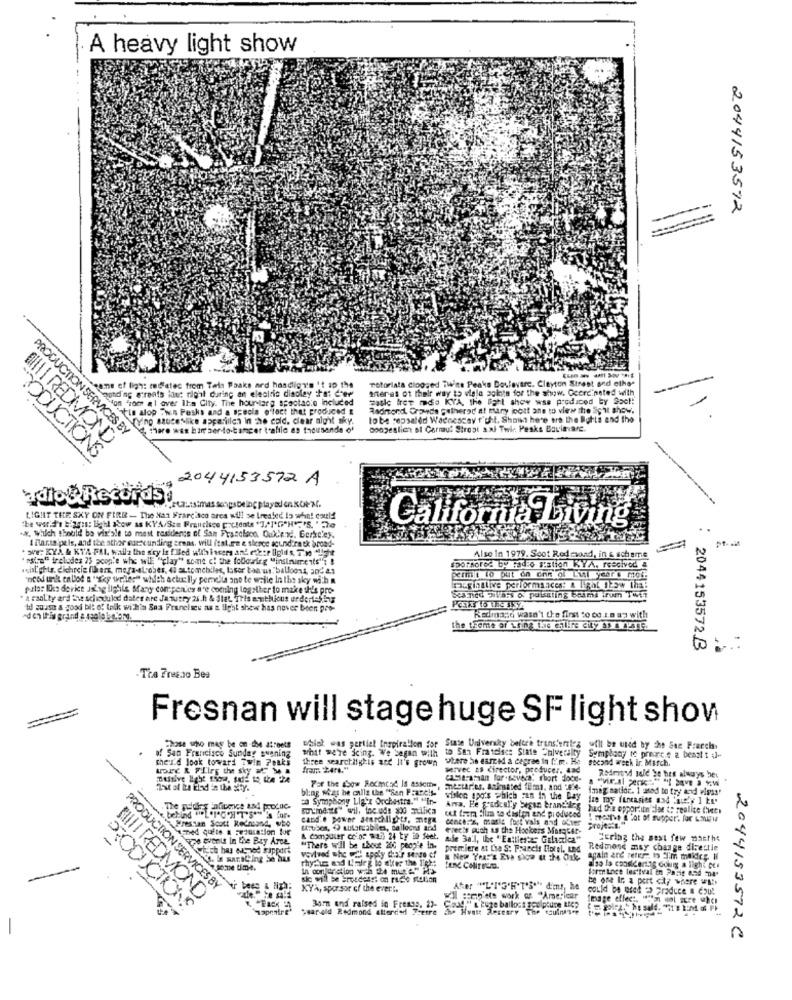
A heavy light show
---
2044153512
Totoriata clogged Twin Peaks Dovfoyere. Clayton Street and other
some of ligh: mdetec from Tels Paaks ard hasdigvs 't ip the
nond'ag wtreats lout right during an electric display te: crer
Seres of their way to vigla poi's for the show. Coordinated with
Fioen al aver Illa City. The hour larg spectacle included
Hasle Iret modo KYA, the Fall show was produced by Soc !!
ein alop :win Pesks and a specia o'fact that produced &
Asdrond, Crowds gathered at mary joost ane to view the Eight show.
TYing sauceslike apparillen In the cold. clear algit sky.
lobe sepsaled Wadnescav fight. Shows here are the Butts and the
PRODUCTION SERVICES BY
d. there was bar sem do tarecer trafilo as thousands of
Dongeslich ot Cornut Stroat a.af Twir. Pesks Bguitarc.
DI|| REDMOND
PRODUCTIONS
2044153572 A
Idiot Records!
LIGHT THE SKY ON FIRE - The Han Francisco area will se treated is whe! could
California Living
.. Which theold bo vis'ale to mast residents of San Francisco. Ouk'end. Berke'ey.
& Barts pels, and the ather suexunding areas, will itat,te e sience agund.rath broad-
. wve: KYA & KYA-FAI, walla the sty is filled with lasers ant edesr ligids, Tw light
"ssica" includes 75 scop'e whe wil "play" some ci the following "insinueits"; I
Also In 1979. Soot Rodasand, in & scheme
shalights. dichrcie filers, mega-aLobes, 4 autoochiles, losor ban us balloons, andas
sporsored by radio station KVA. reacivod &
"need unk en blod a "sky telles" which actully pernoite ano te while In the sky with a
patas like device isLag ilghis Many compenes are coming together to make this pro-
megintlive performances: a liRat JEow the!
a caal ty ard the schioduked dates are Ja query 26.h & Slet. This e-meliious undertaking
td zuuso a good bit of talk within Saa Franciscu as a light shew has never been pro-
Reimann wasn't the first to co to up with
: 2044153572 B
- The Fresco Bes
Fresnan will stage huge SF light show
of San Francisco Sunday swening
Those who may be on -de atreets
which was partiet Inspiration for State University beltre transferirs will be used by the See Pracchy
she's'd look toward Twin Peaks
what were doing. We began with to San Francisce State University Symphony to prience z benoit ;1-
three searchlighis acc It's grown where he earned a degree in f:'m. He
second week ir. March.
-
ADEC R FLIFE the sky = Ma
fraur. 2474."
server as director, producer. dad
CLSIE-apaan for . sevNa, short dood-
Redmond sale se has always bes
bling wat he culla the "san Praceis-
Por the show Rechtsd IS assem, mestaries, Animated fumi, and ... (mag natide. 1 used to try and vigas"
Fo Symphony Light Orchestra. " Min-
whalen spots phich Fin in the Way ize my (uneasies and buy ] be'
Arra. He gradcel'y began Brandtlag had the opportunities to realice Chec.
cet trema film to diaton and produced
behind L'ONT's's
Pressan Scott Redmond, who
cand'e power starchlights, mega
dench 's, masle fort vals mad ofver
I mestis ( lot of supper'. for Lmipi
froben, O autorzabiles, Balloons and
Grecis much as the Hockers MarqGet-
projes:1.
was evenut In De Bry Arde
& computer colos wal) 24 by 20 feet.
aje 3a'l, the " Eattiestas Galactica"
Cering the sest few usethe
which has euuned Fipport
"There will be about 200 people in-
premiere at the S: Francis Hotel, Und
Redmond may change dicestie
again are refer: i 2Em maidry. Il
Form Loce les'tval in Paris 4.54 "04*
sic will be irosdeset on russe station
be one Ir a pert city where with
PRODUCTION SERVICES BY
XYA, sporsor of the ever !.
[III] REDMOND
wIl sapete work a "Amerleur
Image effect. "i'm not sure when
PRODUCTIONS
openfre
year-old Redmond atterdied Freire
Born and raised in Frenos, 22-
> Hvert Resesry The soulnasce
2044153572C